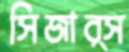
সিজার্স